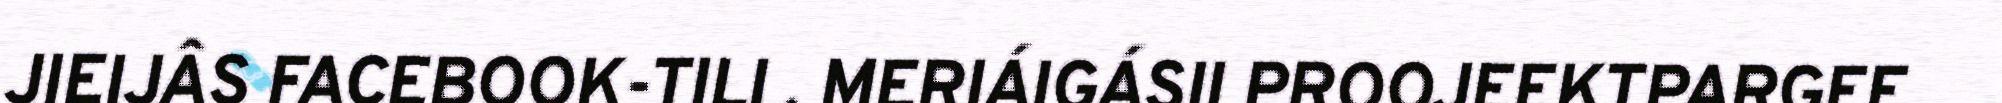
JIEIJÂS FACEBOOK-TILI . MERIÁIGÁSII PROOJEEKTPARGEE